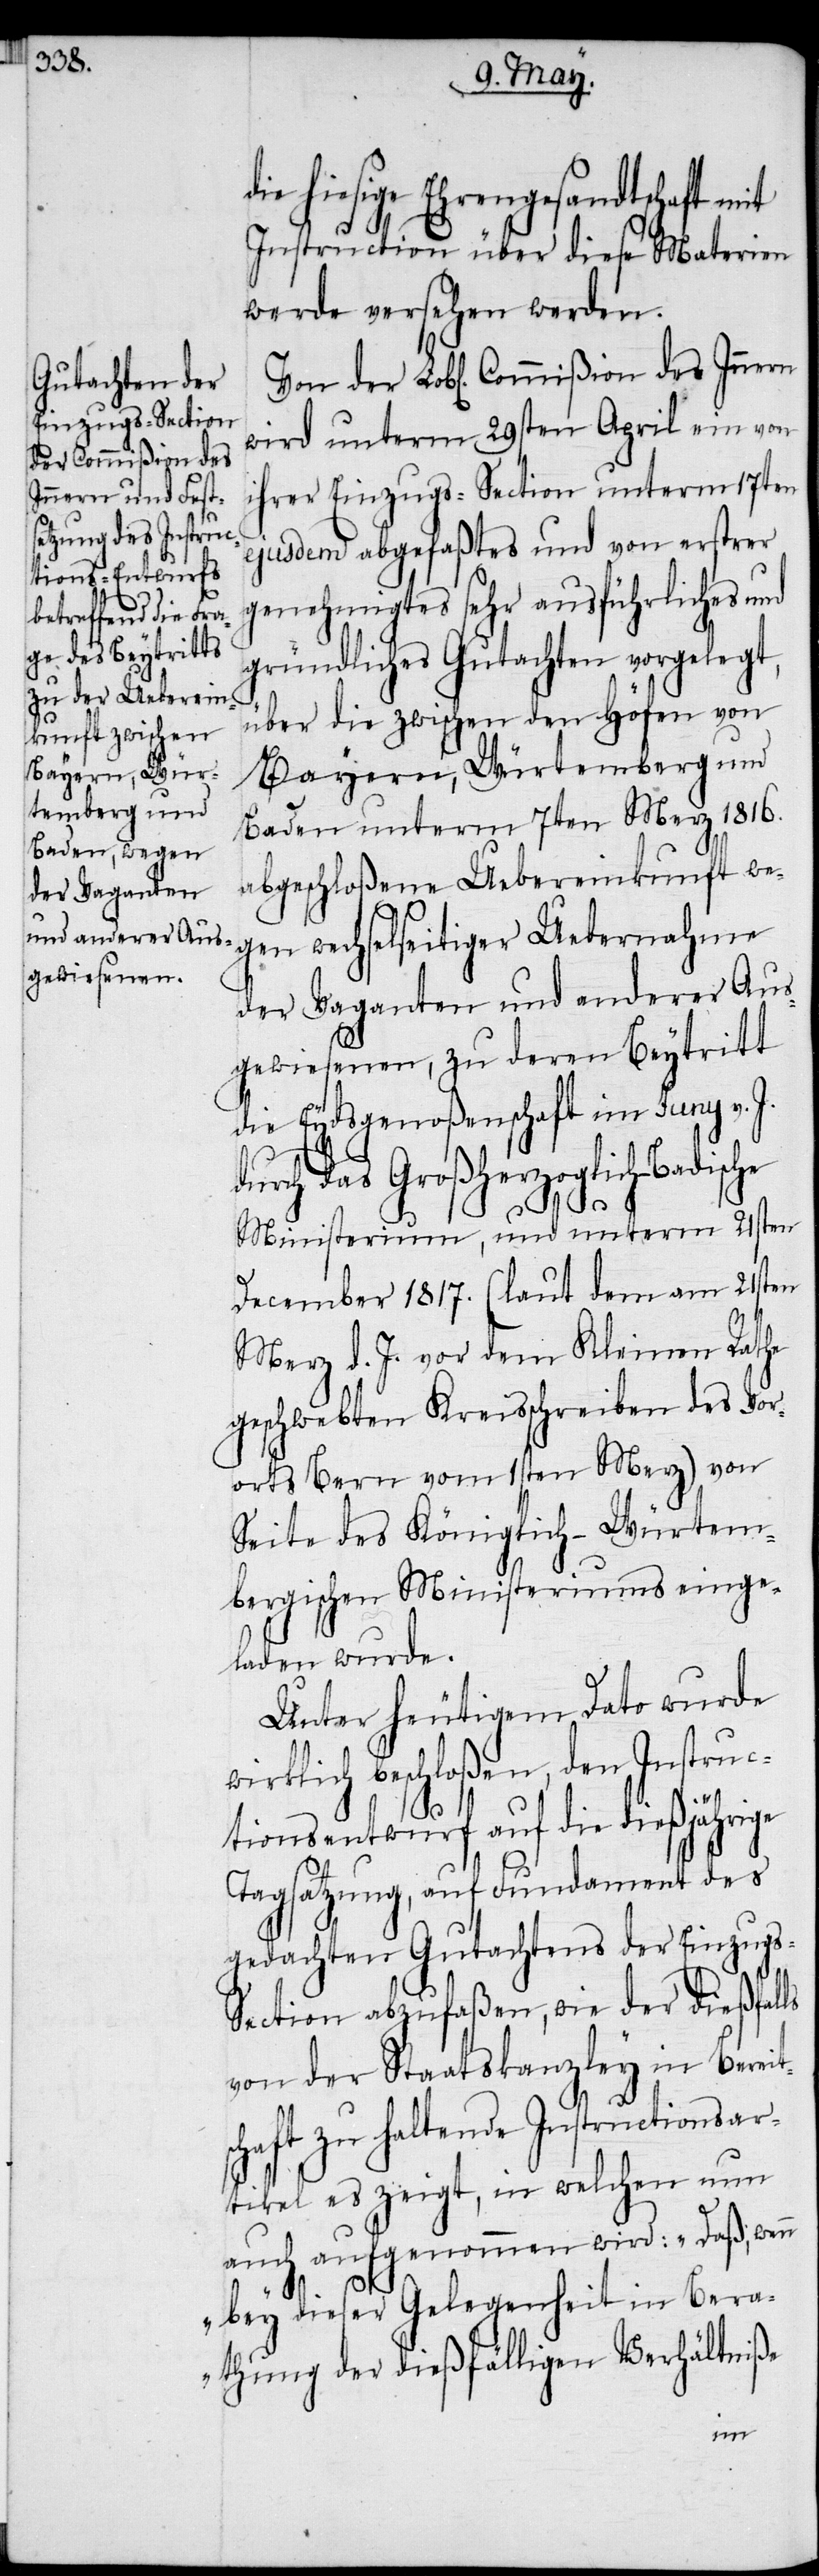
ie hiesige Ehrengesandtschaft mit
Instruction über diese Materien
werde versehen werden.
wird unterm 29sten April ein von
Commißion des
ihrer Einzugs-Section unterm 17ten
ejusdem abgefaßtes und von erstrer
genehmigtes sehr ausführliches und
gründliches Gutachten vorgelegt,
über die zwischen den Höfen von
Bayern, Wür¬
temberg und
Baden unterm 7ten Merz 1816.
abgeschloßene Uebereinkunft we¬
der Vaganten und anderer Aus¬
gewiesenen, zu deren Beytritt
die Eydsgenoßenschaft im Juny v. J.
durch das Großherzoglich-Badische
der
Ministerium, und unterm 21sten
December 1817. (laut dem am 21sten
Merz d. J. vor dem Kleinen Rathe
geschwebten Kreisschreiben des Vor¬
ortes Bern vom 1sten Merz) von
Seite des Königlich-Würtem¬
bergischen Ministeriums einge¬
laden wurde.
Unter heutigem Dato wurde
wirklich beschloßen, den Instruc¬
d¬
tionsentwurf auf die dießjährige
Tagsatzung, auf Fundament des
gedachten Gutachtens der Einzugs-S¬
ection abzufaßen, wie der dießfalls
von der Staatskanzley in Bereit¬
schaft zu haltende Instructionsar¬
tikel es zeigt, in welchen nun
auch aufgenommen wird: „Daß, wenn
bey dieser Gelegenheit in Bera¬
thung der dießfälligen Verhältniße
gen